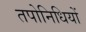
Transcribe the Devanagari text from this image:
तपोनिधियों